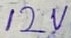
Text: 12V